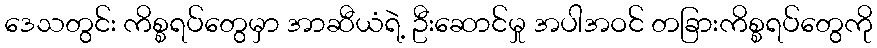
ဒေသတွင်း ကိစ္စရပ်တွေမှာ အာဆီယံရဲ့ ဦးဆောင်မှု အပါအဝင် တခြားကိစ္စရပ်တွေကို